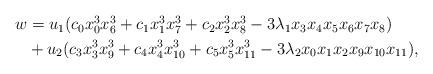
LaTeX: \begin{align*}\begin{aligned}w&=u_1(c_0x_0^3x_6^3+c_1x_1^3x_7^3+c_2x_2^3x_8^3-3\lambda_1x_3x_4x_5x_6x_7x_8) \\& {} +u_2(c_3x_3^3x_9^3+c_4x_4^3x_{10}^3+c_5x_5^3x_{11}^3-3\lambda_2x_0x_1x_2x_9x_{10}x_{11}),\end{aligned}\end{align*}